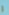
و